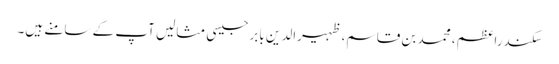
سکندراعظم، محمد بن قاسم، ظہیرالدین بابرجیسی مثالیں آپ کے سامنے ہیں۔